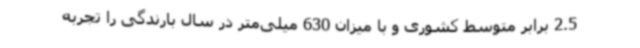
2.5 برابر متوسط کشوری و با میزان 630 میلی‌متر در سال بارندگی را تجربه